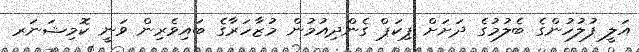
އަލީ ފުލުހުންގެ ބެލުމުގެ ދަށަށް ޕިކަޕް ގެންދިއުމުން މުޒާހަރާގެ ބައިވެރިން ވަނީ ކޮމިޝަނަރ